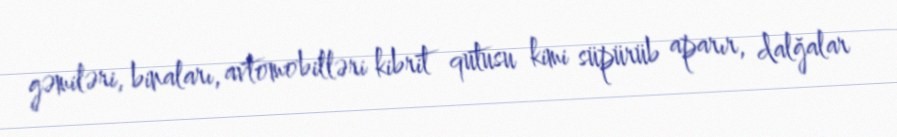
gəmiləri, binaları, avtomobilləri kibrit qutusu kimi süpürüb aparır, dalğalar